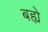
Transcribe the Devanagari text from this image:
बह्ये